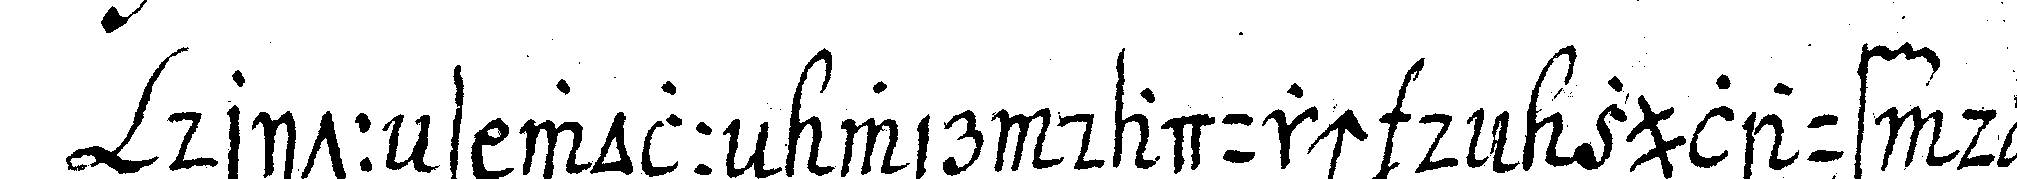
dritteNs wolleN wir dadurch deN zulauf der